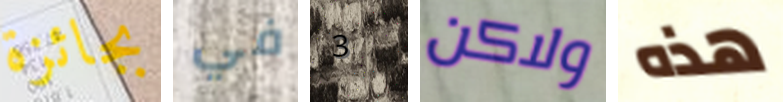
بجائزة في 3 ولاكن هذه